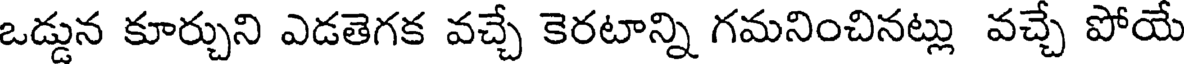
ఒడ్డున కూర్చుని ఎడతెగక వచ్చే కెరటాన్ని గమనించినట్లు వచ్చే పోయే